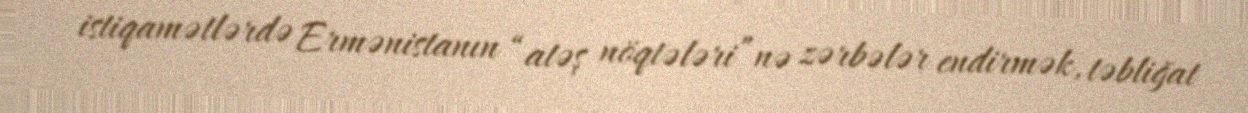
istiqamətlərdə Ermənistanın “atəş nöqtələri”nə zərbələr endirmək, təbliğat